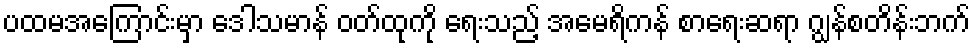
ပထမအကြောင်းမှာ ဒေါသမာန် ဝတ်ထုကို ရေးသည့် အမေရိကန် စာရေးဆရာ ဂျွန်စတိန်းဘက်